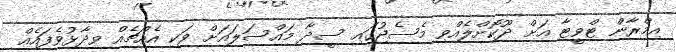
އިމްރާން ޓްވީޓާ އަށް ދޫކޮށްލެއްވި މެސެޖުގައި ސީދާ މައްސަލައަށް ވަކި އެއްޗެއް ވިދާޅުވެފައެއް